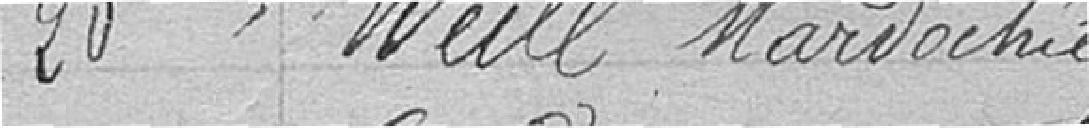
20. Weill, Mardochie